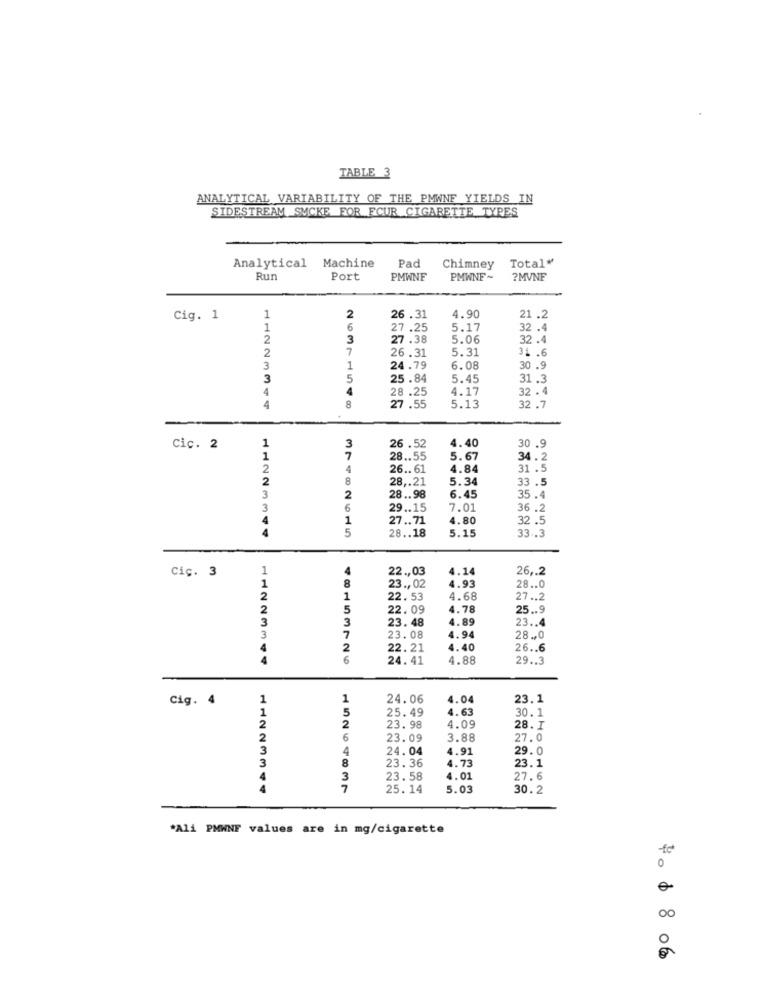
TABLE 3
ANALYTICAL VARIABILITY OF THE PMWNF YIELDS IN
SIDESTREAM SMCKE FOR FCUR CIGARETTE TYPES
Total"
Analytical
Machine
Pad
Chimney
Rur
Port
PMWNF
PMWNE~
?MVNF
2
Cig. 1
1
26.31
4.90
21.2
1
6
27.25
5.17
32 .4
2
3
27.38
5.06
32 .4
7
26.31
5.31
31 .6
2
3
1
24.79
6.08
30 .9
3
5
25.84
5.45
31.3
4
4
4.17
32.4
28.25
5.13
4
8
27.55
32.7
1
4.40
30 .9
Cic. 2
3
26.52
1
7
28 .. 55
5.67
34.2
2
4
26 .. 61
4.84
31 .5
2
8
28 ,. 21
5.34
33.5
3
2
28 .. 98
6.45
35.4
3
6
29 .. 15
7.01
36.2
4
1
27 .. 71
4.80
32.5
4
5
28 .. 18
5.15
33 .. 3
1
4
22 ., 03
4.14
26 ,. 2
Ciç. 3
1
4.93
8
23 ., 02
28 .. 0
2
1
22.53
4.68
27 .. 2
2
5
22. 09
4.78
25 .. 9
3
3
23.48
4.89
23 .. 4
7
3
23. 08
4.94
28 ., 0
2
22.21
4.40
26 .. 6
4
24.41
4.88
29 .. 3
1
1
24.06
4.04
23.1
Cig. 4
5
25.49
4.63
30.1
2
2
23. 98
4.09
28. I
2
6
23.09
3.88
27.0
3
4
24.04
4.91
29.0
4.73
23.1
3
8
23. 36
4
3
23.58
4.01
27.6
7
25. 14
5.03
30.2
*Ali PMWNF values are in mg/cigarette
-fc
0
00
o